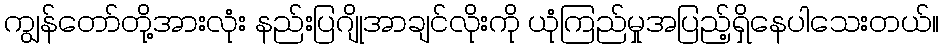
ကျွန်တော်တို့အားလုံး နည်းပြဂျိုအာချင်လိုးကို ယုံကြည်မှုအပြည့်ရှိနေပါသေးတယ်။